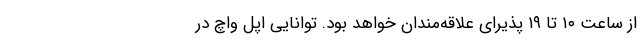
از ساعت ۱۰ تا ۱۹ پذیرای علاقه‌مندان خواهد بود. توانایی اپل واچ ‌در